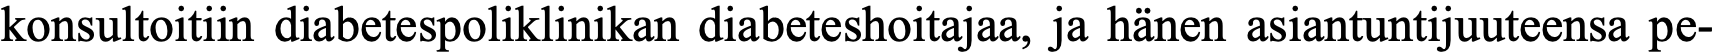
konsultoitiin diabetespoliklinikan diabeteshoitajaa, ja hänen asiantuntijuuteensa pe-